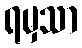
ရမှသာ